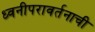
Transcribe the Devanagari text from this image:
ध्वनीपरावर्तनाची